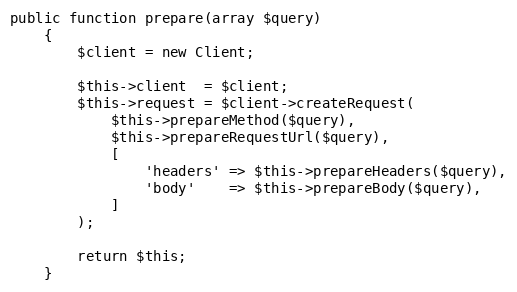
Language: PHP
public function prepare(array $query)
    {
        $client = new Client;

        $this->client  = $client;
        $this->request = $client->createRequest(
            $this->prepareMethod($query),
            $this->prepareRequestUrl($query),
            [
                'headers' => $this->prepareHeaders($query),
                'body'    => $this->prepareBody($query),
            ]
        );

        return $this;
    }